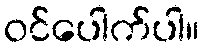
ဝင်ပေါက်ပါ။